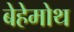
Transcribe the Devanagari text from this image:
बेहेमोथ